Calcutta medical institutions reports 1871-78
Year: 1871
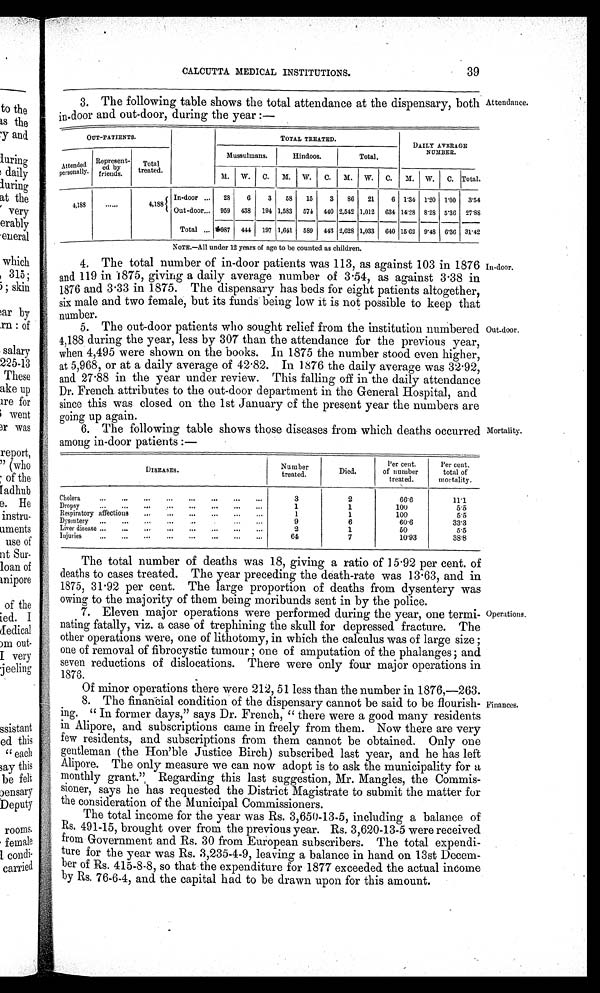
Indoor.
Out-door,
CALCUTTA MEDICAL INSTITUTIONS.
39
3. The following table shows the total attendance at the dispensary, both
in-door and out-door, during the year :—
Attendance.
OUT-PATIENTS.
TOTAL TREATED.
DAILY AVERAGE
NUMBER.
Attended
personally.
Represent-
ed by
friends.
Total
treated.
Mussulmans.
Hindoos.
Total.
M.
W.
C.
M.
W.
C.
M.
W.
C.
M.
W.
C. Total.
4,138
In-door ...
28
6
3
58
15
3
86
21
6
1 . 3 4 1.20 1.00
3.54
4,188
......
Out-door...
959
438
194 1,583
574
440 2,542 1,012
634
1 4 . 2 8 8.28 5'36 27.88
Total ...
9 8 7 444 197 1,641 589 443 2,628 1,033 640
1 5 . 6 2 9'48 6.36 31.42
NOTE.—All under 12 years of age to be counted as children.
4. The total number of in-door patients was 113, as against 103 in 1876
and 119 in 1875, giving a daily average number of 3 . 54, as against 3 . 38 in
1876 and 3'33 in 1875. The dispensary has beds for eight patients altogether,
six male and two female, but its funds being low it is not possible to keep that
number.
5. The out-door patients who sought relief from the institution numbered
4,188 during the year, less by 307 than the attendance for the previous year,
when 4,495 were shown on the books. In 1875 the number stood even higher,
at 5,968, or at a daily average of 42 . 82. In 1876 the daily average was 32.92,
and 27 . 88 in the year under review. This falling off in the daily attendance
Dr. French attributes to the out-door department in the General Hospital, and
since this was closed on the 1st January of the present year the numbers are
going up again.
6. The following table shows those diseases from which deaths occurred
among in-door patients :—
DISEASES.
Number
treated.
Died.
Per cent.
of number
treated.
Per cent.
total of
mortality.
Cholera
...
...
...
...
...
...
...
...
3
2
66.6
11.1
D ropsy
...
...
...
....
...
...
...
...
1
1
100
5.5
Respiratory affections
1
1
100
5.5
Dysentery
9
6
60.6
33.3
Liver disease ...
...
...
—
—
...
—
•..
2
1
50
5.5
Injuries
6 4
7
10.93
38.8
The total number of deaths was 18, giving a ratio of 15 . 92 per cent. of
deaths to cases treated. The year preceding the death-rate was 13 . 63, and in
1875, 31 . 92 per cent. The large proportion of deaths from dysentery was
owing to the majority of them being moribunds sent in b y the police.
7. Eleven major operations were performed during the year, one termi-
nating fatally, viz. a case of trephining the skull for depressed fracture. The
other operations were, one of lithotomy, in which the calculus was of large size
one of removal of fibrocystic tumour one of amputation of the phalanges; and
seven reductions of dislocations. There were only four major operations in
1876.
Of minor operations there were 212, 51 less than the n u m b e r i n 1 8 7 6 , — 2 6 3 .
8. The financial condition of the dispensary cannot be said to be flourish-
ing. " In former days," says Dr. French, " there were a good many residents
in Alipore, and subscriptions came in freely from them. Now there are very
few residents, and subscriptions from them cannot be obtained. Only one
gentleman (the Hon'ble Justice Birch) subscribed last year, and he has left
Alipore. The only measure we can now adopt is to ask the municipality for a
monthly grant." Regarding this last suggestion, Mr. Mangles, the Commis-
sioner, says he has requested the District Magistrate to submit the matter for
the consideration of the Municipal Commissioners.
The total income for the year was Rs. 3,650-13-5, including a balance of
Rs. 491-15, brought over from the previous year. Rs. 3,620-13-5 were received
from Government and Rs. 30 from European subscribers. The total expendi-
ture for the year was Rs. 3,235-4-9, leaving a balance in hand on 13st Decem-
ber of Rs. 415-8-8, so that the expenditure for 1877 exceeded the actual income
by Rs. 76-6-4, and the capital had to be drawn upon for this amount.
Mortality.
Operations.
Finances.